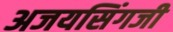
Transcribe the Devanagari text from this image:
अजयसिंगजी